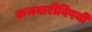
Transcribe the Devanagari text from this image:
क्रमवारीविषयी